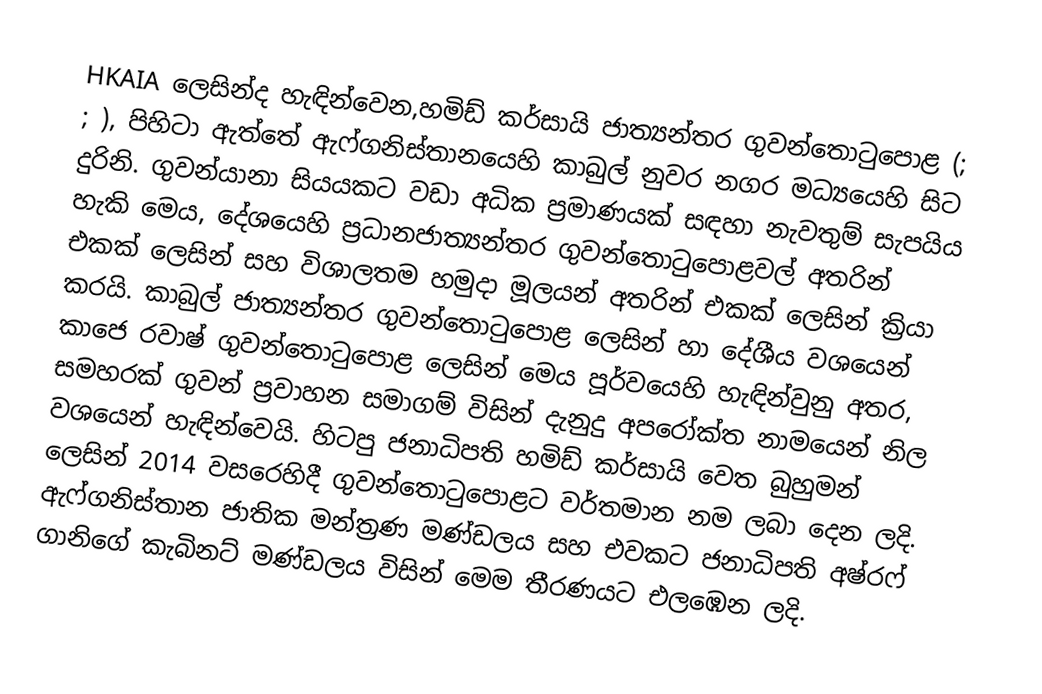
HKAIA ලෙසින්ද හැඳින්වෙන,හමිඩ් කර්සායි ජාත්‍යන්තර ගුවන්තොටුපොළ (; ; ),  පිහිටා ඇත්තේ ඇෆ්ගනිස්තානයෙහි කාබුල් නුවර නගර මධ්‍යයෙහි සිට   දුරිනි.  ගුවන්යානා සියයකට වඩා අධික ප්‍රමාණයක් සඳහා නැවතුම් සැපයිය හැකි මෙය, දේශයෙහි ප්‍රධානජාත්‍යන්තර ගුවන්තොටුපොළවල් අතරින් එකක් ලෙසින් සහ විශාලතම හමුදා මූලයන් අතරින් එකක් ලෙසින් ක්‍රියා කරයි. කාබුල් ජාත්‍යන්තර ගුවන්තොටුපොළ ලෙසින් හා දේශීය වශයෙන් කාජෙ රවාෂ් ගුවන්තොටුපොළ ලෙසින් මෙය පූර්වයෙහි හැඳින්වුනු අතර, සමහරක් ගුවන් ප්‍රවාහන සමාගම් විසින් දැනුදු අපරෝක්ත නාමයෙන් නිල වශයෙන් හැඳින්වෙයි. හිටපු ජනාධිපති හමිඩ් කර්සායි වෙත බුහුමන් ලෙසින් 2014 වසරෙහිදී ගුවන්තොටුපොළට වර්තමාන නම ලබා දෙන ලදි. ඇෆ්ගනිස්තාන ජාතික මන්ත්‍රණ මණ්ඩලය සහ එවකට ජනාධිපති අෂ්රෆ් ගානිගේ කැබිනට් මණ්ඩලය විසින් මෙම තීරණයට එලඹෙන ලදි.